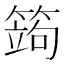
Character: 䈮